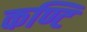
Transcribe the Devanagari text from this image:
कण्टि